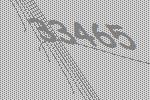
33465